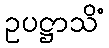
ဥပဋ္ဌာသိံ